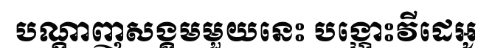
បណ្តាញសង្គមមួយនេះ បង្ហោះវីដេអូ